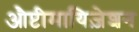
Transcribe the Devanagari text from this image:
औप्टीमायिज़ेशन